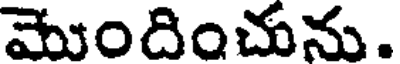
మొందించును.